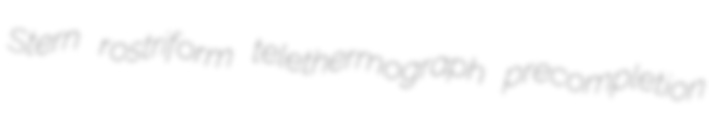
Stern rostriform telethermograph precompletion